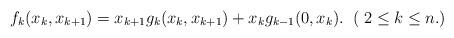
LaTeX: \begin{align*}f_k(x_k,x_{k+1})=x_{k+1}g_k(x_k,x_{k+1})+x_kg_{k-1}(0,x_k). \;\;( \;2 \leq k \leq n.)\end{align*}